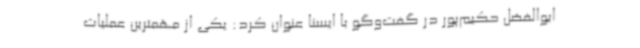
ابوالفضل حکیم‌پور در گفت‌وگو با ایسنا عنوان کرد: یکی از مهمترین عملیات